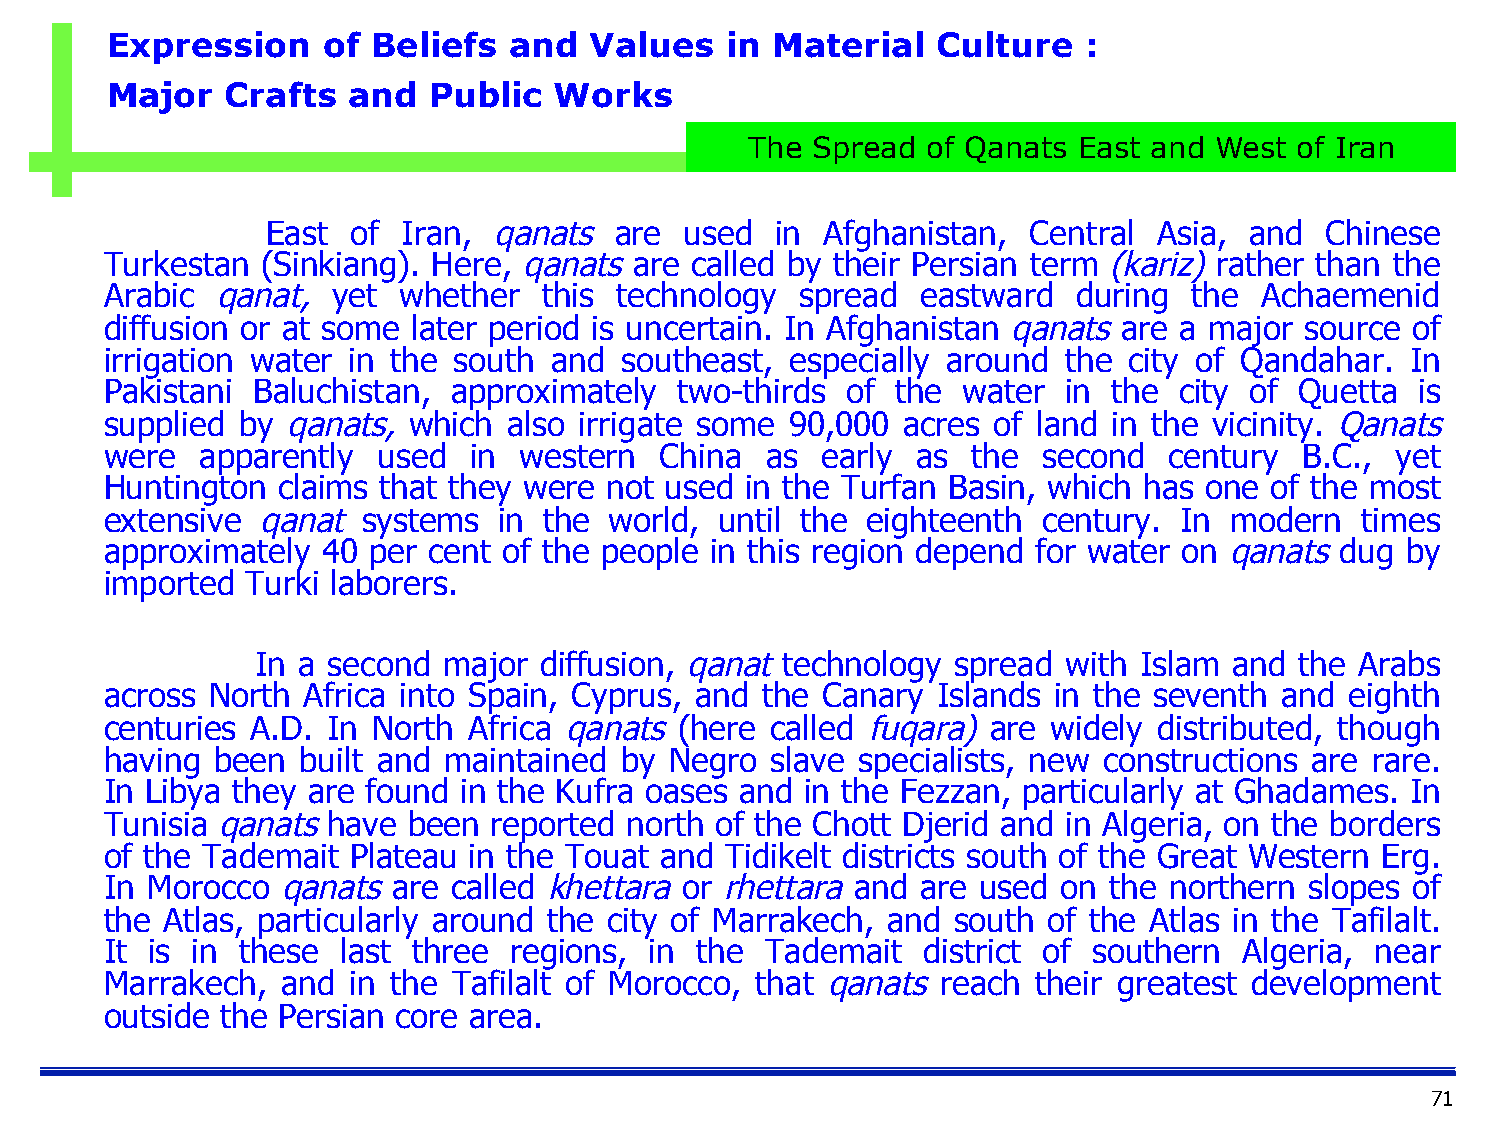
Expression    of  Beliefs  and  Values   in Material   Culture   :
 Major   Crafts  and  Public   Works
 The Spread of Qanats East and West  of Iran
 East of  Iran, qanats  are used  in  Afghanistan, Central  Asia, and  Chinese
 Turkestan (Sinkiang). Here, qanats are called by their Persian term (kariz) rather than the
 Arabic qanat,  yet whether   this technology  spread  eastward  during  the  Achaemenid
 diffusion or at some later period is uncertain. In Afghanistan qanats are a major source of
 irrigation water in the south and southeast, especially around  the city of Qandahar. In
 Pakistani Baluchistan, approximately  two-thirds of the  water  in the city of Quetta  is
 supplied by qanats, which  also irrigate some 90,000 acres of land in the vicinity. Qanats
 were  apparently  used  in western   China  as early  as the  second  century  B.C., yet
 Huntington claims that they were not used in the Turfan Basin, which has one of the most
 extensive qanat  systems  in the world,  until the eighteenth century. In modern   times
 approximately 40 per cent of the people in this region depend for water on qanats dug by
 imported Turki laborers.
 In a second major  diffusion, qanat technology spread with Islam and the Arabs
 across North Africa into Spain, Cyprus, and the Canary Islands in the seventh and eighth
 centuries A.D. In North Africa qanats (here called fuqara) are widely distributed, though
 having been  built and maintained by Negro  slave specialists, new constructions are rare.
 In Libya they are found in the Kufra oases and in the Fezzan, particularly at Ghadames. In
 Tunisia qanats have been reported north of the Chott Djerid and in Algeria, on the borders
 of the Tademait Plateau in the Touat and Tidikelt districts south of the Great Western Erg.
 In Morocco  qanats are called khettara or rhettara and are used on the northern slopes of
 the Atlas, particularly around the city of Marrakech, and south of the Atlas in the Tafilalt.
 It is in these  last three regions, in the  Tademait  district of southern Algeria, near
 Marrakech,  and in the Tafilalt of Morocco, that qanats reach their greatest development
 outside the Persian core area.
 71